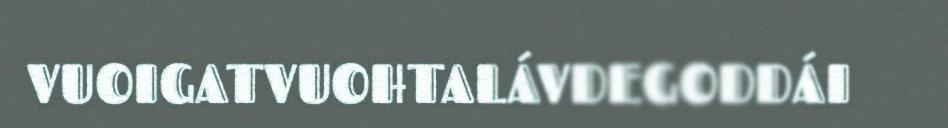
VUOIGATVUOHTALÁVDEGODDÁI